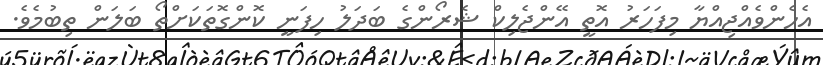
އެހެންވެއްޖިއްޔާ މިފަހަރު އޮތީ އޭންޖެލިކް ޝެރޯންގެ ބަދަލު ހިފަނީ ކޮންގޮތަކަށްތޯ ބަލަން ތިބުމެވެ.